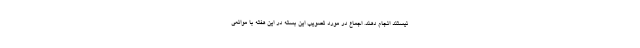
نیستند انجام دهند. اجماع در مورد تصویب این بسته در این هفته با موانعی